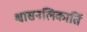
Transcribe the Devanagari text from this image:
श्वासनलिकार्ति